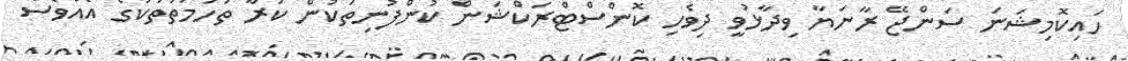
ހައިކޮމިޝަނަ ސަންޖޭ ރާނަޔާ ވިދާޅުވީ ދިވެހި ކޮންސްޓްރަކްޝަން ކުންފުނިތަކުން ކުރާ ތުހުމަތުތަކުގެ އެއްވެސް